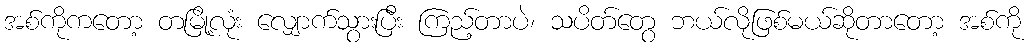
အစ်ကိုကတော့ တမြို့လုံး လျှောက်သွားပြီး ကြည့်တာပဲ၊ သပိတ်တွေ ဘယ်လိုဖြစ်မယ်ဆိုတာတော့ အစ်ကို